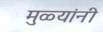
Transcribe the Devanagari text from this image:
मुळ्यांनी